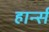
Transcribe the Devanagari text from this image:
हार्न्स